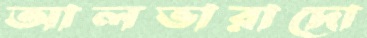
আলভারাদো